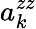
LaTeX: a_{k}^{zz}